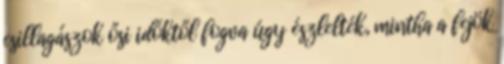
csillagászok ősi időktől fogva úgy észlelték, mintha a fejök